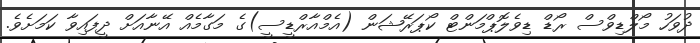
ދުވަހު މޯލްޑިވްސް ރޯޑް ޑިވެލޮޕްމަންޓް ކޯޕަރޭޝަން (އެމްއާރްޑީސީ)ގެ މަގާމެއް އޭނާއަށް ދީފައިވާ ކަމަށެވެ.